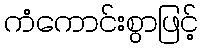
ကံကောင်းစွာဖြင့်